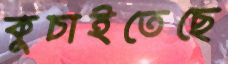
কুচাইতেছে